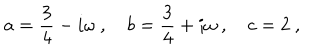
a = { \frac { 3 } { 4 } } - i \omega \ , \quad b = { \frac { 3 } { 4 } } + i \omega \ , \quad c = 2 \ ,